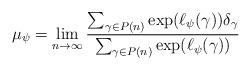
LaTeX: \begin{align*}\mu_\psi = \lim_{n\to\infty}\frac{\sum_{\gamma\in P(n)}\exp(\ell_\psi(\gamma))\delta_\gamma}{\sum_{\gamma\in P(n)}\exp(\ell_\psi(\gamma))}\end{align*}